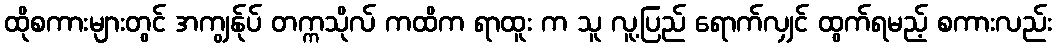
ထိုစကားများတွင် အကျွန်ုပ် တက္ကသိုလ် ကထိက ရာထူး က သူ လူ့ပြည် ရောက်လျှင် ထွက်ရမည့် စကားလည်း